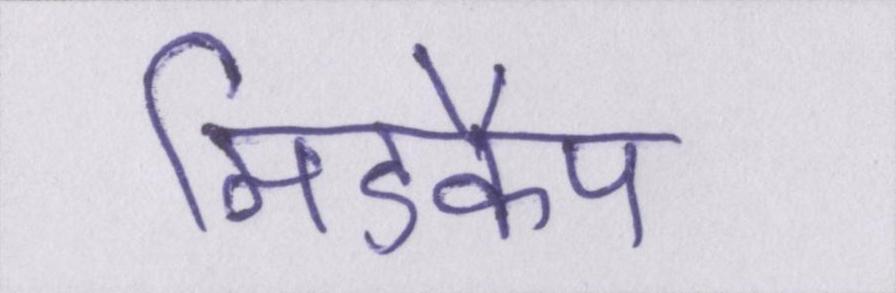
मिडकैप